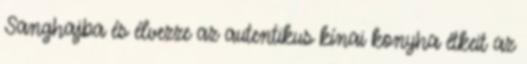
Sanghajba és élvezze az autentikus kínai konyha étkeit az